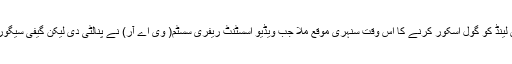
اگرچہ80 ویں منٹ میں آ ئس لینڈ کو گول اسکور کرنے کا اس وقت سنہری موقع ملا جب ویڈیو اسسٹنٹ ریفری سسٹم( وی اے آر) نے پنالٹی دی لیکن گیفی سیگورڈسن نےم شاٹ باہر ماردی ۔